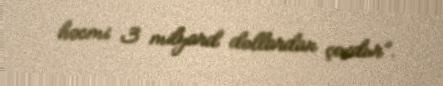
həcmi 3 milyard dollardan çoxdur”.